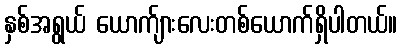
နှစ်အရွယ် ယောက်ျားလေးတစ်ယောက်ရှိပါတယ်။